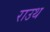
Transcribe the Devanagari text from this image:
राउथ